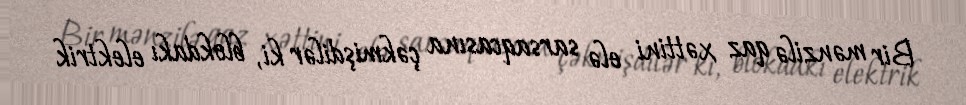
Bir mənzilə qaz xəttini elə sarsaqcasına çəkmişdilər ki, blokdakı elektrik